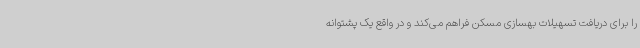
را برای دریافت تسهیلات بهسازی مسکن فراهم می‌کند و در واقع یک پشتوانه